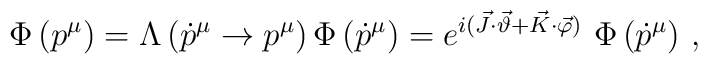
\Phi \left( p^{\mu }\right) =\Lambda \left( \dot p^{\mu }\to p^{\mu }\right)\Phi \left( \dot p^{\mu }\right) =e^{i(\vec{J}\cdot  \vec{\vartheta}+\vec{K}\cdot \vec{\varphi} )}~\Phi \left( \dot p^{\mu }\right)\, ,